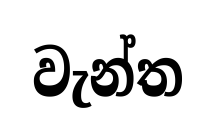
වැන්ත